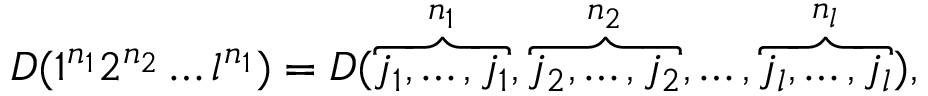
D ( 1 ^ { n _ { 1 } } 2 ^ { n _ { 2 } } \ldots l ^ { n _ { 1 } } ) = D ( \overbrace { j _ { 1 } , \ldots , j _ { 1 } } ^ { n _ { 1 } } , \overbrace { j _ { 2 } , \ldots , j _ { 2 } } ^ { n _ { 2 } } , \ldots , \overbrace { j _ { l } , \ldots , j _ { l } } ^ { n _ { l } } ) ,